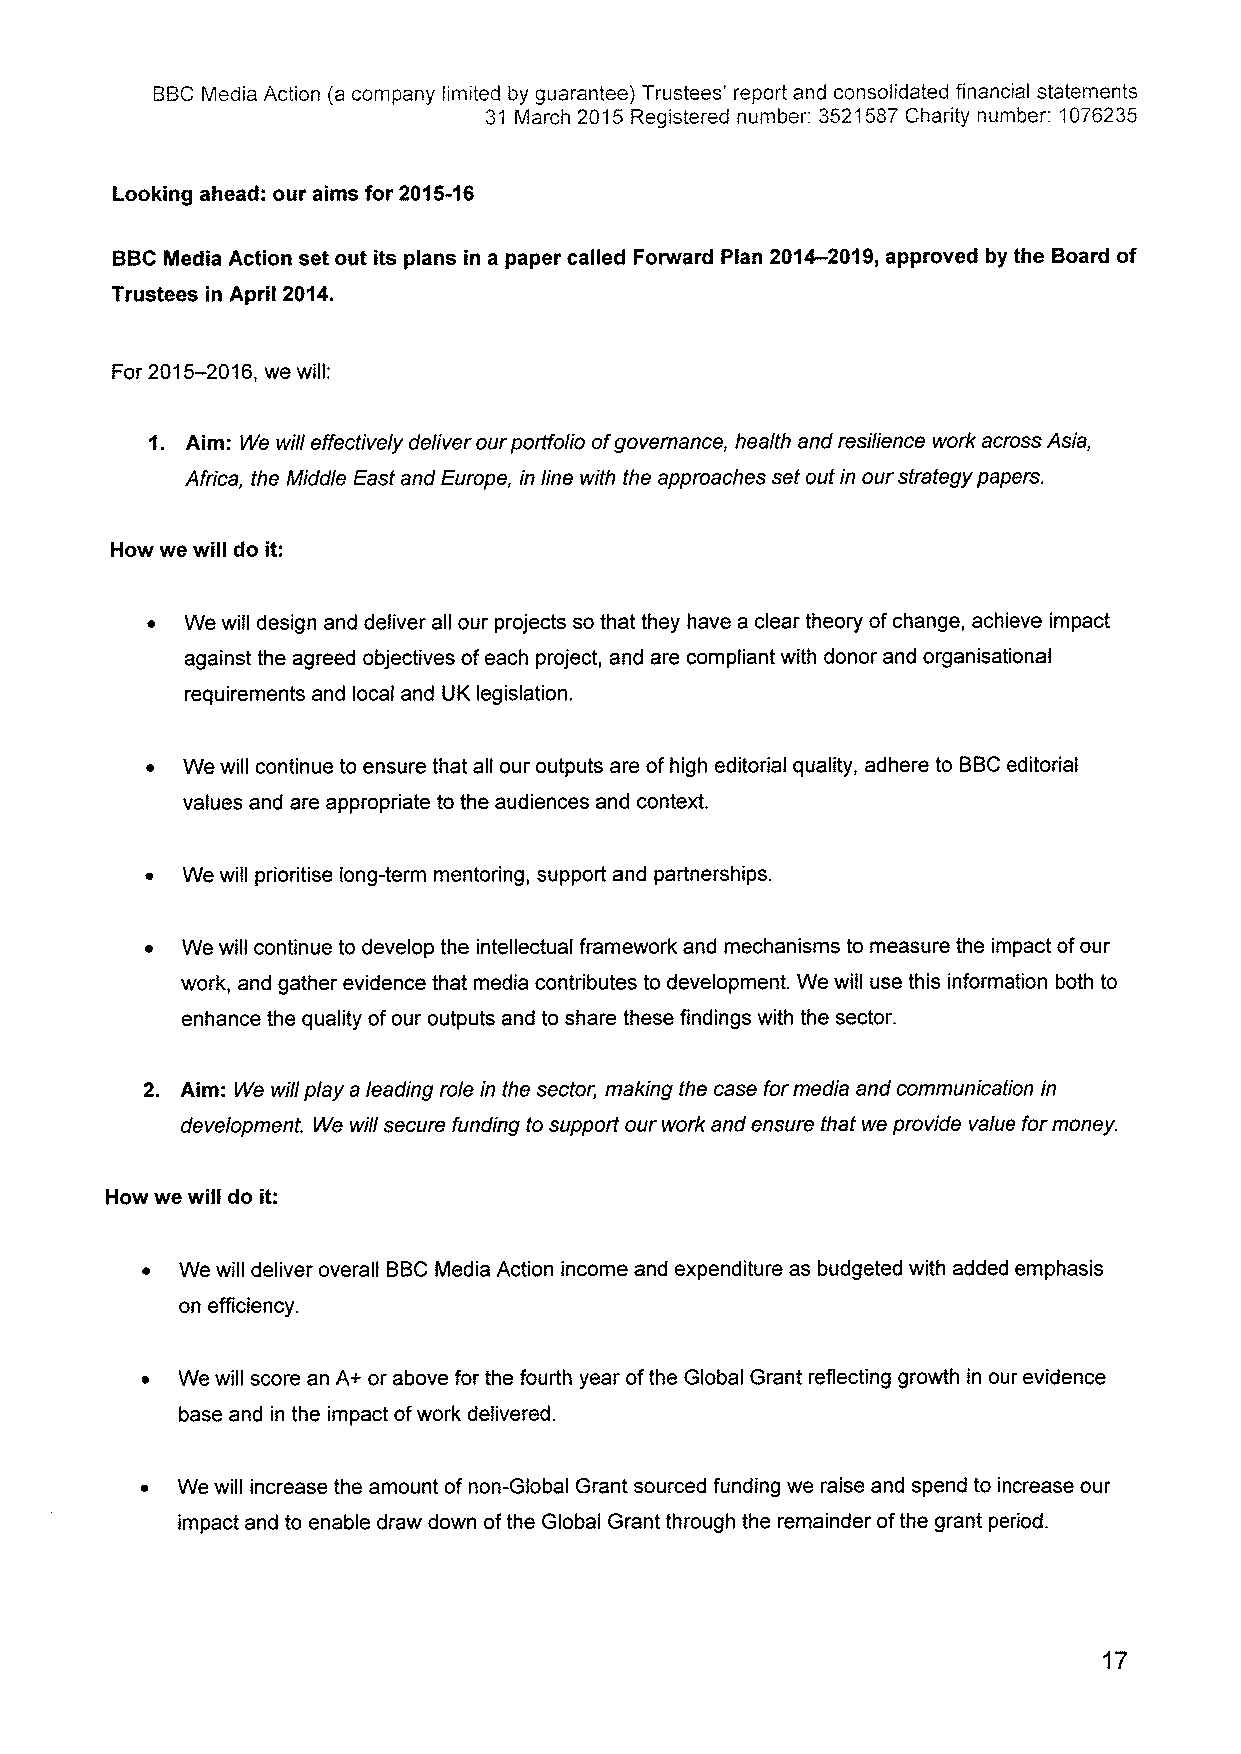
BBCMedia Action (a company limited by guarantee) Trustees' report and consolidated financial statements
 31 March 2015 Registered number: 3521587Charity number: 1076235
 Looking ahead: our aims for 2015-16
 BBCMedia Action set out its plans in a paper called Forward Plan 2014-2019,approved by the Board of
 Trustees in April 2014.
 For 2015-2016,we will:
 1. Aim: We will effectively deliver our portfolio ofgovernance, health and resilience work across Asia,
 Africa, the Middle East and Europe, in line with the approaches set outin our strategy papers.
 How we will do it:
 ~ We will design and deliver all our projects so that they have a clear theory ofchange, achieve impact
 against the agreed objectives ofeach project, and are compliant with donor and organisational
 requirements and local and UK legislation.
 ~ We will continue to ensure that all our outputs are ofhigh editorial quality, adhere to BBCeditorial
 values and are appropriate to the audiences and context.
 ~ We will prioritise long-term mentoring, support and partnerships.
 ~ We will continue to develop the intellectual framework and mechanisms to measure the impact ofour
 work, and gather evidence that media contributes to development. We will use this information both to
 enhance the quality ofour outputs and to share these findings with the sector.
 2. Aim: We will play a leading role in the sector, making the case for media and communication in
 development. We will secure funding to support our work and ensure that we provide value formoney.
 How we will do it:
 ~  We will deliver overall BBCMedia Action income and expenditure as budgeted with added emphasis
 on efficiency.
 ~  We will score an A+ or above for the fourth year ofthe Global Grant reflecting growth in our evidence
 base and in the impact ofwork delivered.
 ~  We will increase the amount of non-Global Grant sourced funding we raise and spend to increase our
 impact and to enable draw down ofthe Global Grant through the remainder ofthe grant period.
 17